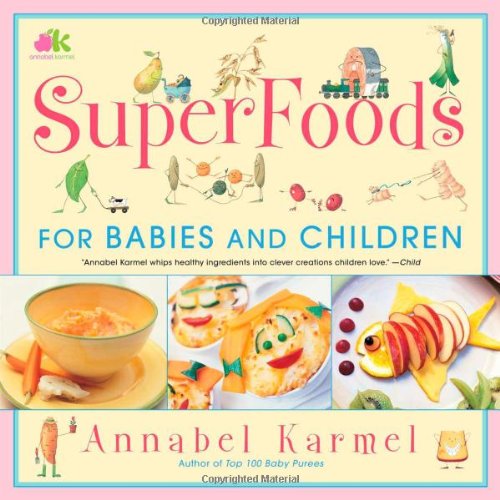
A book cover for SuperFoods; Annabel Karmel; Cookbooks, Food & Wine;